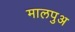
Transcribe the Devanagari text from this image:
मालपुअ